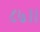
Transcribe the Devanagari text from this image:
८७।।